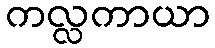
ကလ္လကာယာ